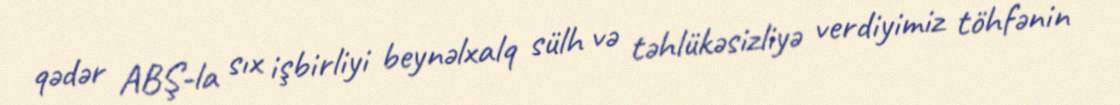
qədər ABŞ-la sıx işbirliyi beynəlxalq sülh və təhlükəsizliyə verdiyimiz töhfənin